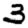
Digit: 3